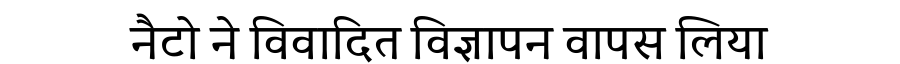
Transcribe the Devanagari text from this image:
नैटो ने विवादित विज्ञापन वापस लिया